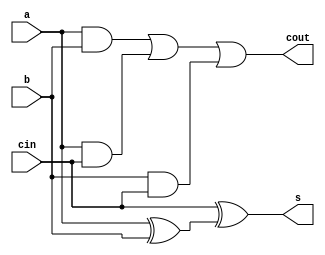
module adder(s,cout,a,b,cin);
  `timescale 1ns/1ps
  input a,b,cin;
  output cout,s;
  wire [3:0] w;
  // and  and1(w[0],a,b);
  // and  and2(w[1],a,cin);
  // and  and3(w[2],b,cin);
   // or  or1(cout,w[0],w[1],w[2]);
  // xor  xor1(w[3],a,b);
  // xor  xor2(s,cin,w[3]);
  
 and #(10) and1(w[0],a,b);
 and #(10) and2(w[1],a,cin);
 and #(10) and3(w[2],b,cin);
  or #(10) or1(cout,w[0],w[1],w[2]);
 xor #(10) xor1(w[3],a,b);
 xor #(10) xor2(s,cin,w[3]);
   
endmodule